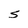
Character: S